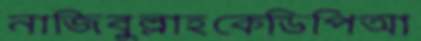
নাজিবুল্লাহকেডিপিআ